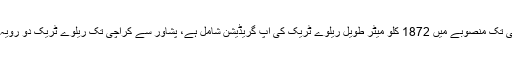
ان کا بتانا ہے کہ پشاور سے کراچی تک منصوبے میں 1872 کلو میٹر طویل ریلوے ٹریک کی اپ گریڈیشن شامل ہے، پشاور سے کراچی تک ریلوے ٹریک دو رویہ کرنا بھی منصوبے میں شامل ہیں۔